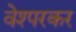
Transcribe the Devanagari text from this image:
वेश्परकर